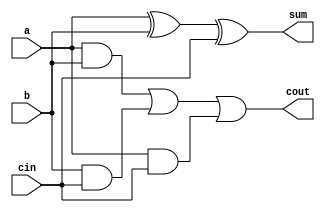
module fulladd(
    input a, b, cin,
    output cout, sum
);
    assign cout = a&b|b&cin|a&cin;
    assign sum = a^b^cin;
endmodule

module top_module( 
    input [99:0] a, b,
    input cin,
    output [99:0] cout,
    output [99:0] sum );
	genvar i;
    fulladd fadd1(a[0], b[0], cin, cout[0], sum[0]);
    generate 
        for (i = 1; i < 100; i = i + 1) begin : fdd
            fulladd fadd(
                .a(a[i]),
                .b(b[i]),
                .cin(cout[i-1]),
                .cout(cout[i]),
                .sum(sum[i])
            );
        end
    endgenerate
endmodule
/*
// you can also use array of instances which might be synthesis tool dependant
module top_module(
    input [99:0] a, b,
    input cin,
    output [99:0] cout,
    output [99:0] sum );
    fulladd fadd[99:0](a, b, {cout[98:0],cin}, cout, sum);
endmodule
*/